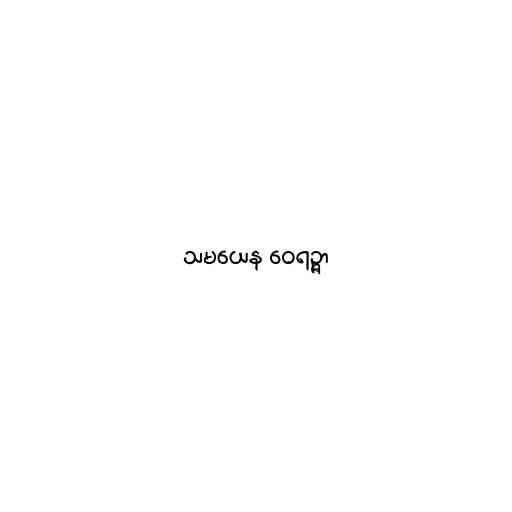
သမယေန ဝေရဉ္ဇာ